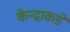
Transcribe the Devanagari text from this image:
केन्द्राकडे